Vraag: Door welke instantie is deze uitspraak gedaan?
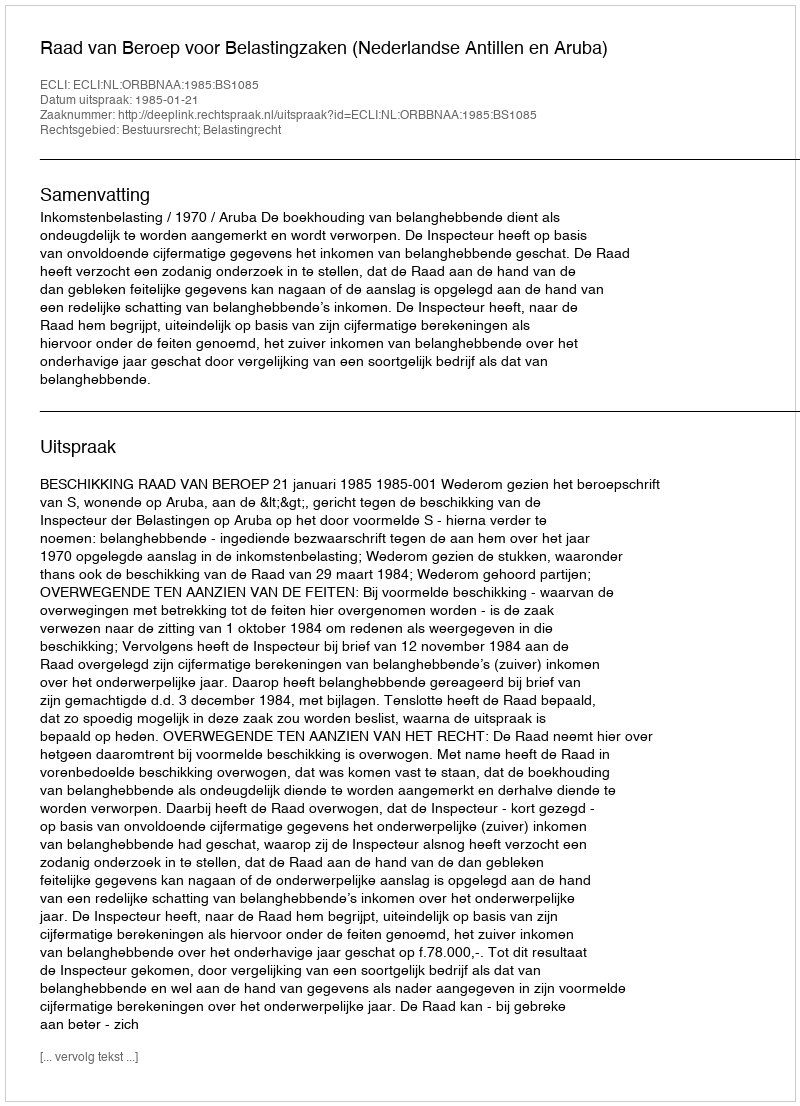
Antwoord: Raad van Beroep voor Belastingzaken (Nederlandse Antillen en Aruba)